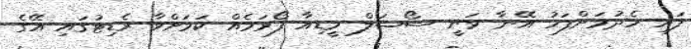
ފައި ހެދުމަށްފަހު އޭނާ ވަނީ ސޯޝަލް މީޑިއާ ފޯރަމެއް ކަމަށްވާ ރެޑިޓުގައި އޭގެ